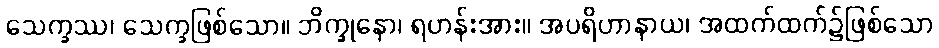
သေက္ခဿ၊ သေက္ခဖြစ်သော။ ဘိက္ခုနော၊ ရဟန်းအား။ အပရိဟာနာယ၊ အထက်ထက်၌ဖြစ်သော